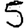
Digit: 5